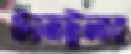
ট্যানটুলার